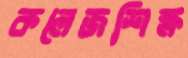
কলেজশিক্ষ